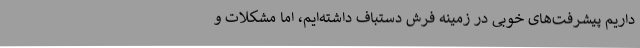
داریم پیشرفت‌های خوبی در زمینه فرش دستباف داشته‌ایم، اما مشکلات و